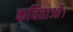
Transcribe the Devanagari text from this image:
कविताओं।